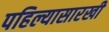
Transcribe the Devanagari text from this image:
पहिल्यासारखी